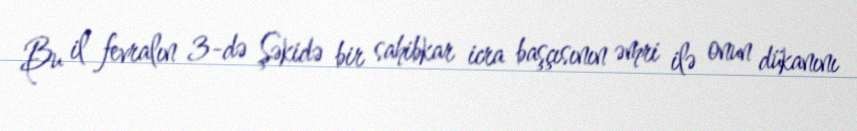
Bu il fevralın 3-də Şəkidə bir sahibkar icra başçısının əmri ilə onun dükanını